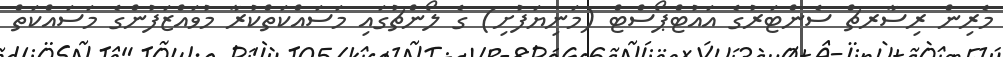
މެރިން ރިސާރޗް ސެންޓަރުގެ އައުޓްޕޯސްޓް (މަނިޔަފުށި) ގެ ލޯންޗުގައި މަސައްކަތްކުރާ މުވައްޒަފުންގެ މަސައްކަތް